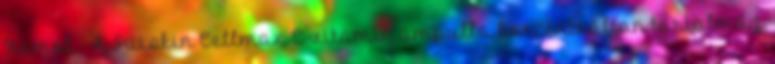
Itamol - A Suiskin Cellmax C-vitamin ampulla koncentráltan tartalmaz